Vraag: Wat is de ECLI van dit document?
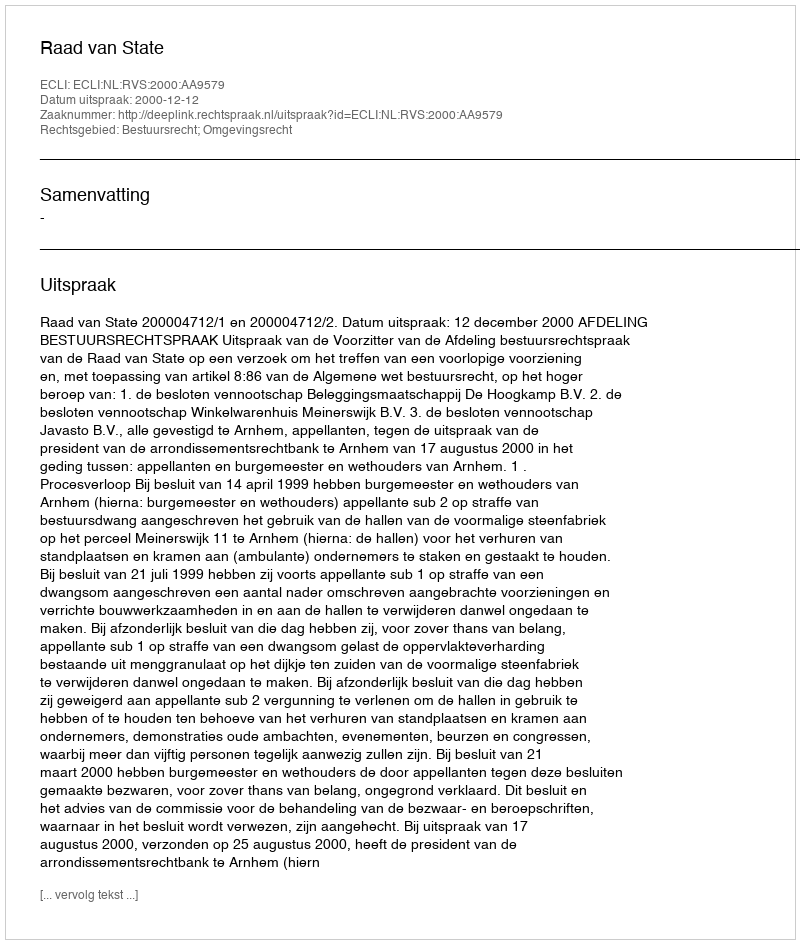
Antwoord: ECLI:NL:RVS:2000:AA9579